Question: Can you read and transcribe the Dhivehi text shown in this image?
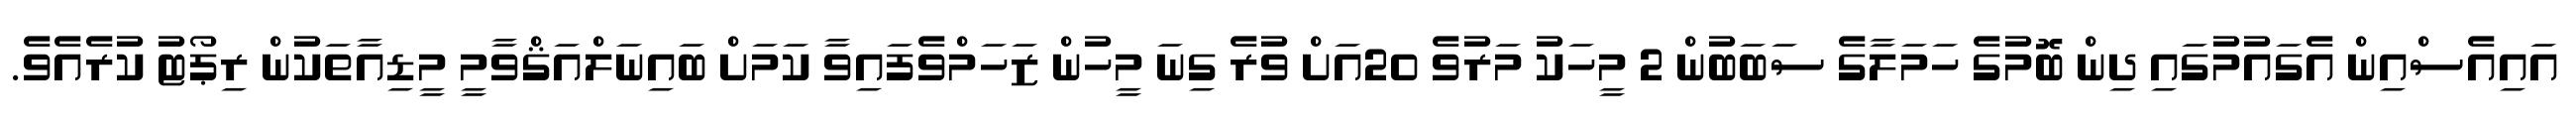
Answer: އައިއެސްއިން އެގައުމުގައި ދިން ބޮމުގެ ހަމަލާގެ ސަބަބުން 2 މީހަކު މަރުވެ 20އަށް ވުރެ ގިނަ މީހުން ޒަހަމްވެފައިވާ ކަމަށް ބައިނަލްއަޤްވާމީ މީޑިއާތަކުން ރިޕޯޓު ކުރެއެވެ.